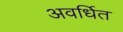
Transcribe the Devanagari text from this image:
अवर्धित